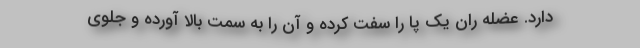
دارد. عضله ران یک پا را سفت کرده و آن را به سمت بالا آورده و جلوی